Annual administration report of the Civil Veterinary Department of India - 1898-1899
Year: 1898
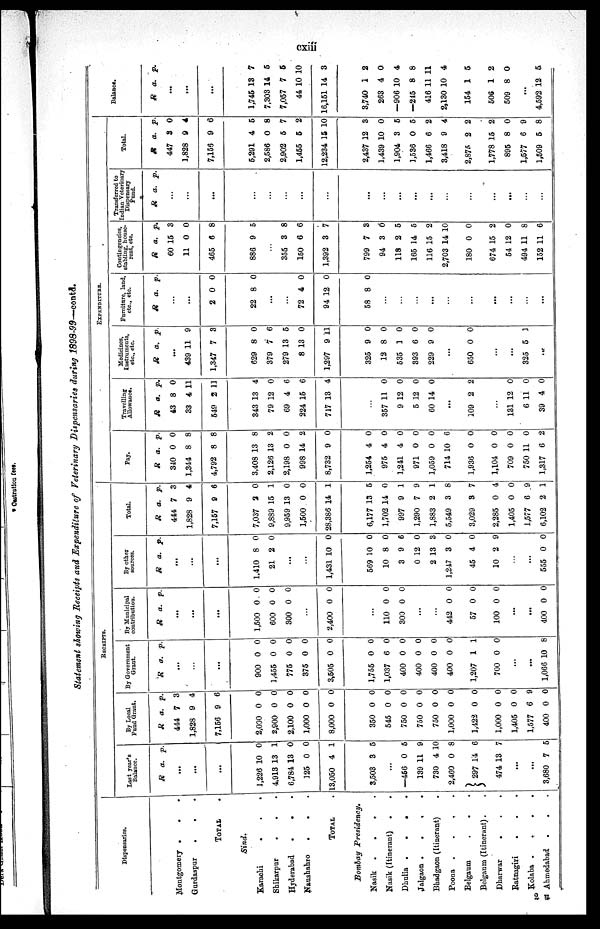
cxiii
* Castration fees.
Statement showing Receipts and Expenditure of Veterinary Dispensaries during 1898-99—contd.
Dispensaries.
Montgomery . . .
Gurdaspur
.
. .
TOTAL .
Sind.
Karachi
.
.
.
Shikarpur
.
.
Hyderabad
.
.
.
Naushahro . . .
TOTAL
Bombay Presidency.
Nasik .
.
.
.
Nasik (Itinerant)
.
.
Dhulia .
.
.
Jalgaon .
.
.
.
Bhadgaon (Itinerant)
Poona .
.
.
.
Belgaum
.
.
.
Belgaum (Itinerant) . .
Dharwar
. . .
Ratnagiri
. . .
Kolaba .
.
.
.
Ahmedabad . . .
RECEIPTS.
Last year's
Balance.
R a. p.
...
...
...
1,226
4,913
6,784
125
13,050
10
13
13
0
4
0
1
0
0
1
3,503 3 5
...
—456
139
730
2,460
297
474
0
11
4
0
14
13
5
9
10
8
6
7
...
...
3,680 7 5
By Local
Fund Grant.
R
444
1,828
7,156
a.
7
9
9
p.
3
4
6
2,000
2,900
2,100
1,000
8,000
0
0
0
0
0
0
0
0
0
0
350
545
750
750
750
1,000
1,422
1,000
1,405
1,577
400
0
0
0
0
0
0
0
0
0
6
0
0
0
0
0
0
0.
0
0
0
9
0
By Government
Grant.
R a. p.
...
...
...
900
1,455
775
375
3,505
0
0
0
0
0
0
0
0
0
0
1,755
1,037
400
400
400
400
1,207
700
0
6
0
0
0
0
1
0
0
0
0
0
0
0
1
0
...
...
1,066 10 8
By Municipal
contribution.
R a. p.
...
...
...
1,500
600
300
0
0
0
0
0
0
...
2,400 0 0
...
110
300
0
0
0
0
...
...
442
57
100
0
0
0
0
0
0
...
...
400 0 0
By other
sources.
R a. p.
...
...
...
1,410
21
8
2
0
0
...
...
1,431 10 0
569
10
3
0
2
1,247
45
10
10
8
9
12
13
3
4
2
0
0
6
0
3
0
0
9
...
...
555 0 0
Total.
R
444
1,828
7,157
a.
7
9
9
p.
3
4
6
7,037
9,889
9,959
1,500
28,386
2
15
13
0
14
0
1
0
0
1
6,177
1,702
997
1,290
1,883
5,549
3,029
2,285
1,405
1,577
6,102
13
14
9
7
2
3
3
0
0
6
2
5
0
1
9
1
8
7
4
0
9
1
EXPENDITURE.
Pay.
R
340
1,344
4,792
a.
0
8
8
p.
0
8
8
3,408
2,126
2,198
998
8,732
13
13
0
14
9
8
2
0
2
0
1,254
975
1,241
971
1,059
714
1,936
1,104
709
750
1,317
4
4
4
0
0
10
0
0
0
11
6
0
0
0
0
0
6
0
0
0
0
2
Travelling
Allowance.
R
43
33
549
a.
8
4
2
p.
0
11
11
343
79
69
224
717
13
12
4
15
13
4
0
6
6
4
...
357
9
5
60
11
12
12
14
0
0
0
0
...
109 2 2
...
131
6
39
12
11
4
0
0
0
Medicines
Instruments,
etc.,etc.
R a. p.
...
439
1,347
11
7
9
3
629
379
279
8
1,297
8
7
13
13
9
0
6
5
0
11
325
12
535
393
229
9
8
1
6
9
0
0
0
0
0
...
650 0 0
...
...
325 5 1
...
Furniture, land,
etc.,etc.
R a. p.
...
...
2 0 0
22 8 0
...
...
72
94
4
12
0
0
58 8 0
...
...
...
...
...
...
...
...
...
Contingencies
stabling, house
rent, etc.
R
60
11
465
a.
15
0
6
p.
3
0
8
886 9 5
...
355
150
1,392
3
6
3
8
6
7
799
94
118
165
116
2,703
180
674
54
494
152
7
3
2
14
15
14
0
15
12
11
11
3
0
5
5
2
10
0
2
0
8
6
Transferred to
Indian Veterinary
Dispensary
Fund.
R a. p.
...
...
...
...
...
...
...
...
...
...
...
...
...
...
...
...
...
...
...
Total.
R
447
1,828
7,156
a.
3
9
9
p.
0
4
6
5,291
2,586
2,902
1,455
12,234
4
0
5
5
15
5
8
7
2
10
2,437
1,439
1,904
1,536
1,466
3,418
2,875
1,778
895
1,577
1,509
12
10
3
0
6
9
2
15
8
6
5
3
0
5
5
2
4
2
2
0
9
8
Balance.
R a. p.
...
...
...
1,745
7,303
7,057
44
16,151
13
14
7
10
14
7
5
5
10
3
3,740
263
—906
—245
416
2,130 1
154
506
509
1
4
10
8
11
0
1
1
8
2
0
4
8
11
4
5
2
0
...
4,592 12 5
2 U